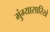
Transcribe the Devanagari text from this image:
मुंग्यासारिखे